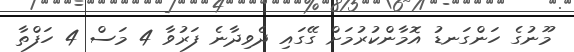
މޫނުގެ ހަންގަނޑު އޮމާންކުރުމަށް ގޭގައި ދެވިދާނެ ފަރުވާ 4 މަސް 4 ހަފްތާ